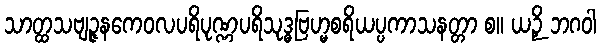
သာတ္ထသဗျဉ္ဇနကေဝလပရိပုဏ္ဏပရိသုဒ္ဓဗြဟ္မစရိယပ္ပကာသနတ္တာ စ။ ယဉှိ ဘဂဝါ